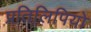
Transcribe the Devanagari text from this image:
प्रतिलिपियो